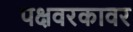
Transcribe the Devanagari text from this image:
पक्षवरकावर